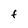
Character: f